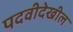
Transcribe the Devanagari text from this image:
पदवीदेखील